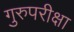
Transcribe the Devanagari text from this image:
गुरुपरीक्षा